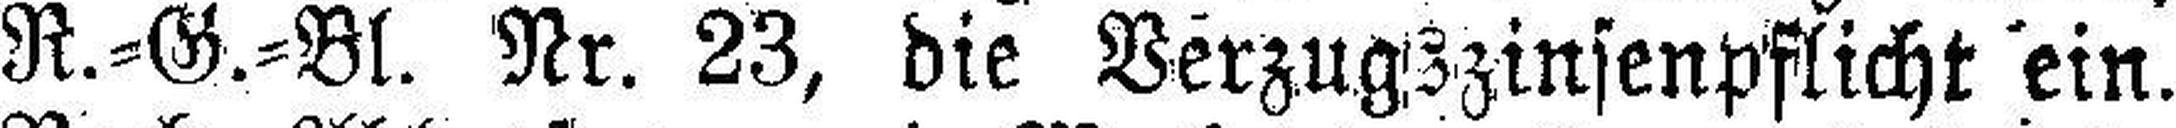
R.=G.=Bl. Nr. 23, die Verzugszinsenpflicht ein.